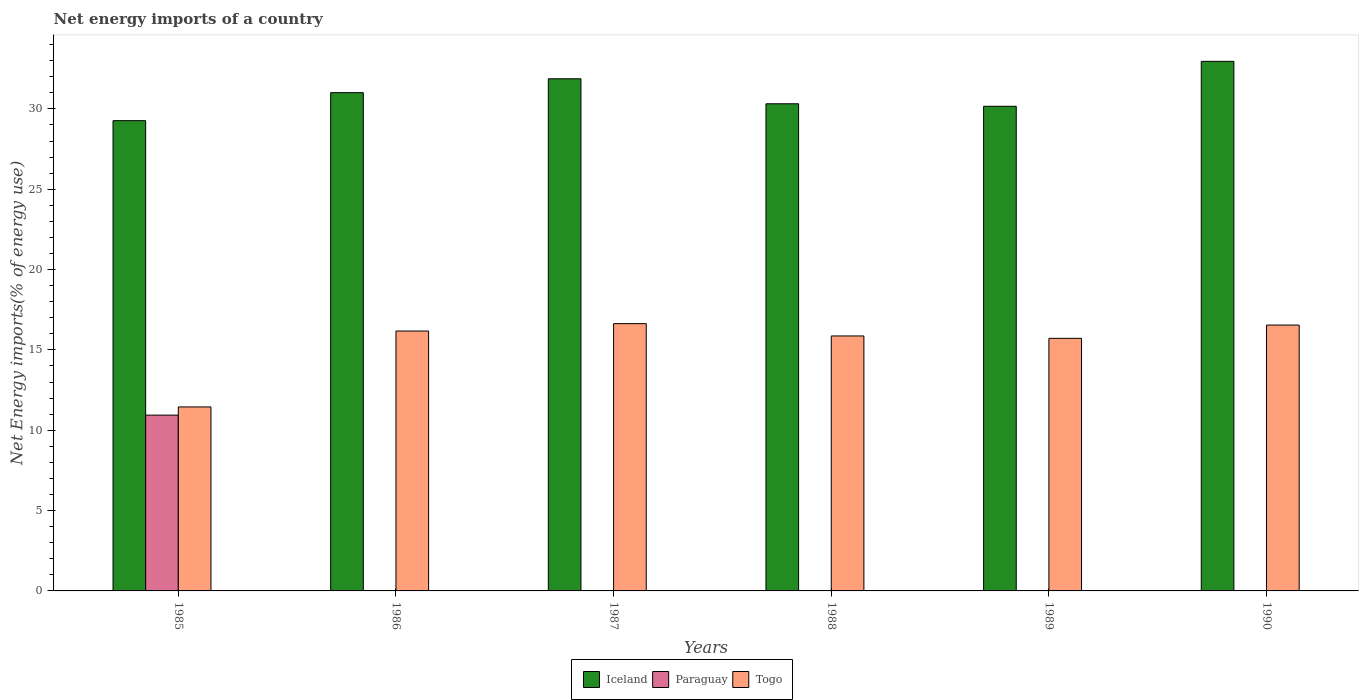
| Years | Iceland | Paraguay | Togo |
 | --- | --- | --- | --- |
 | 1985 | 29.3 | 10.9 | 11.5 |
 | 1986 | 31 | -17 | 16.2 |
 | 1987 | 31.9 | -33.6 | 16.6 |
 | 1988 | 30.3 | -32.1 | 15.9 |
 | 1989 | 30.2 | -36.1 | 15.7 |
 | 1990 | 33 | -49 | 16.5 |